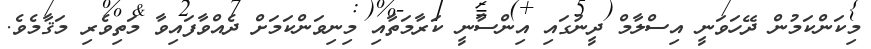
މިކަންކަމުން ދޭހަވަނީ އިސްލާމް ދީނުގައި އިންސާނީ ކަރާމަތާއި މިނިވަންކަމަށް ދެއްވާފައިވާ މަތިވެރި މަޤާމެވެ.